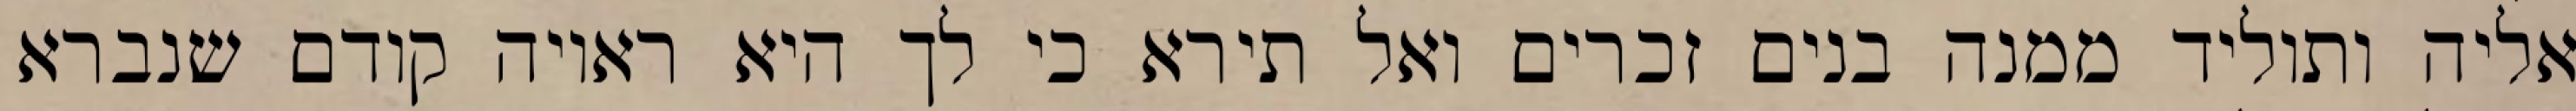
אליה ותוליד ממנה בנים זכרים ואל תירא כי לך היא ראויה קודם שנברא